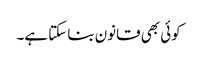
کوئی بھی قانون بنا سکتا ہے۔